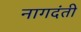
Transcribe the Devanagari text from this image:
नागदंती